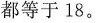
都等于18。